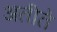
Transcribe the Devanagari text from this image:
अतीते